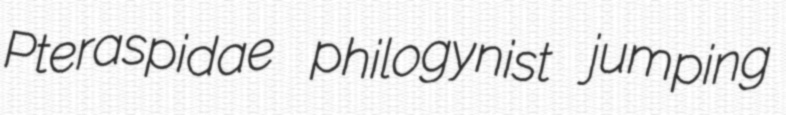
Pteraspidae philogynist jumping